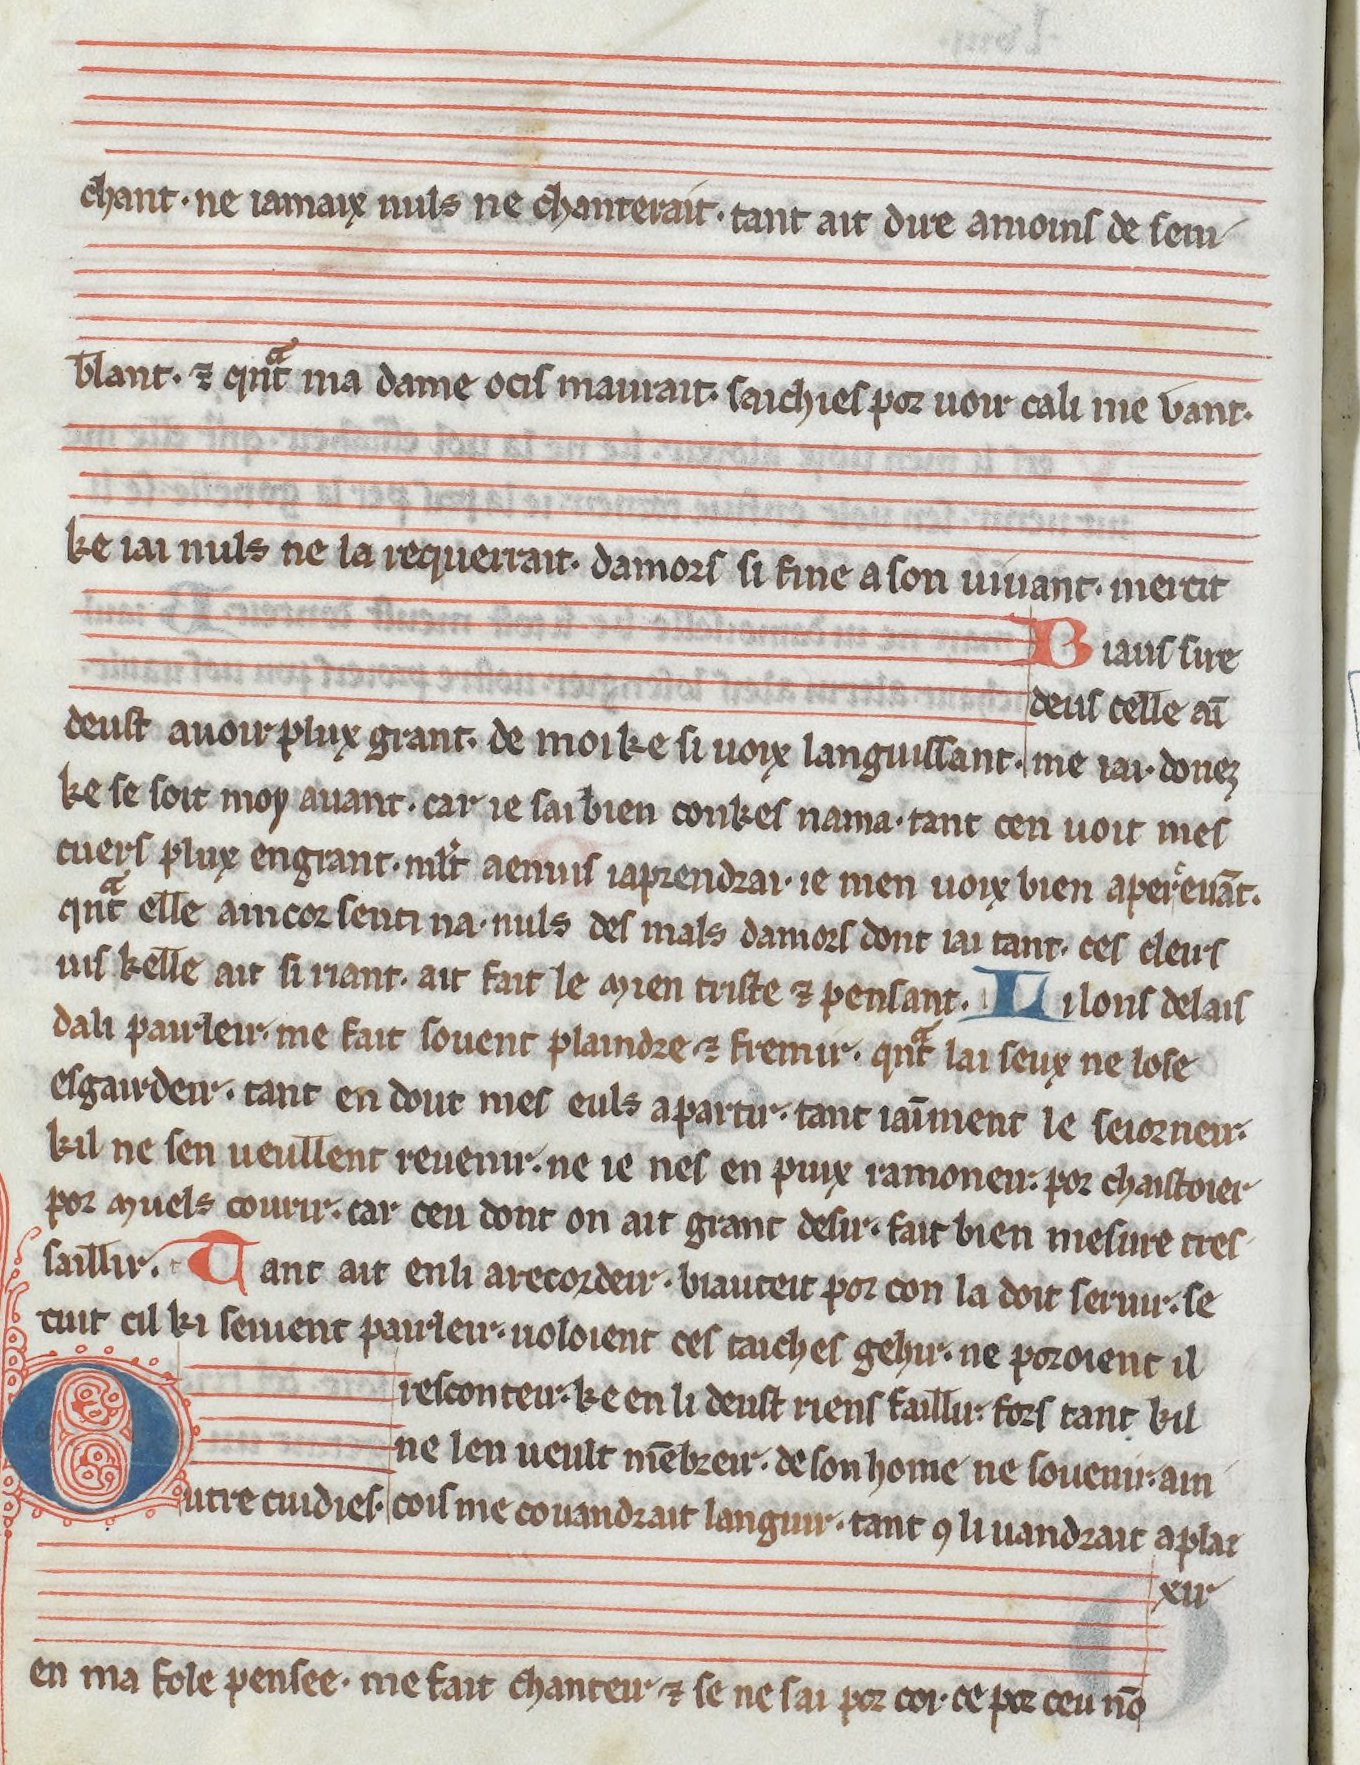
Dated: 1275–1299